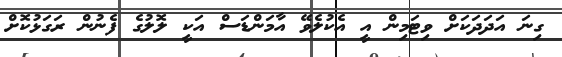
ގިނަ އަދަދަކަށް ވިޓަމިން އީ އެކުލެވޭ އާމަންޑަސް އަކީ ލޮލުގެ ފެނުން ރަގަޅުކޮށް